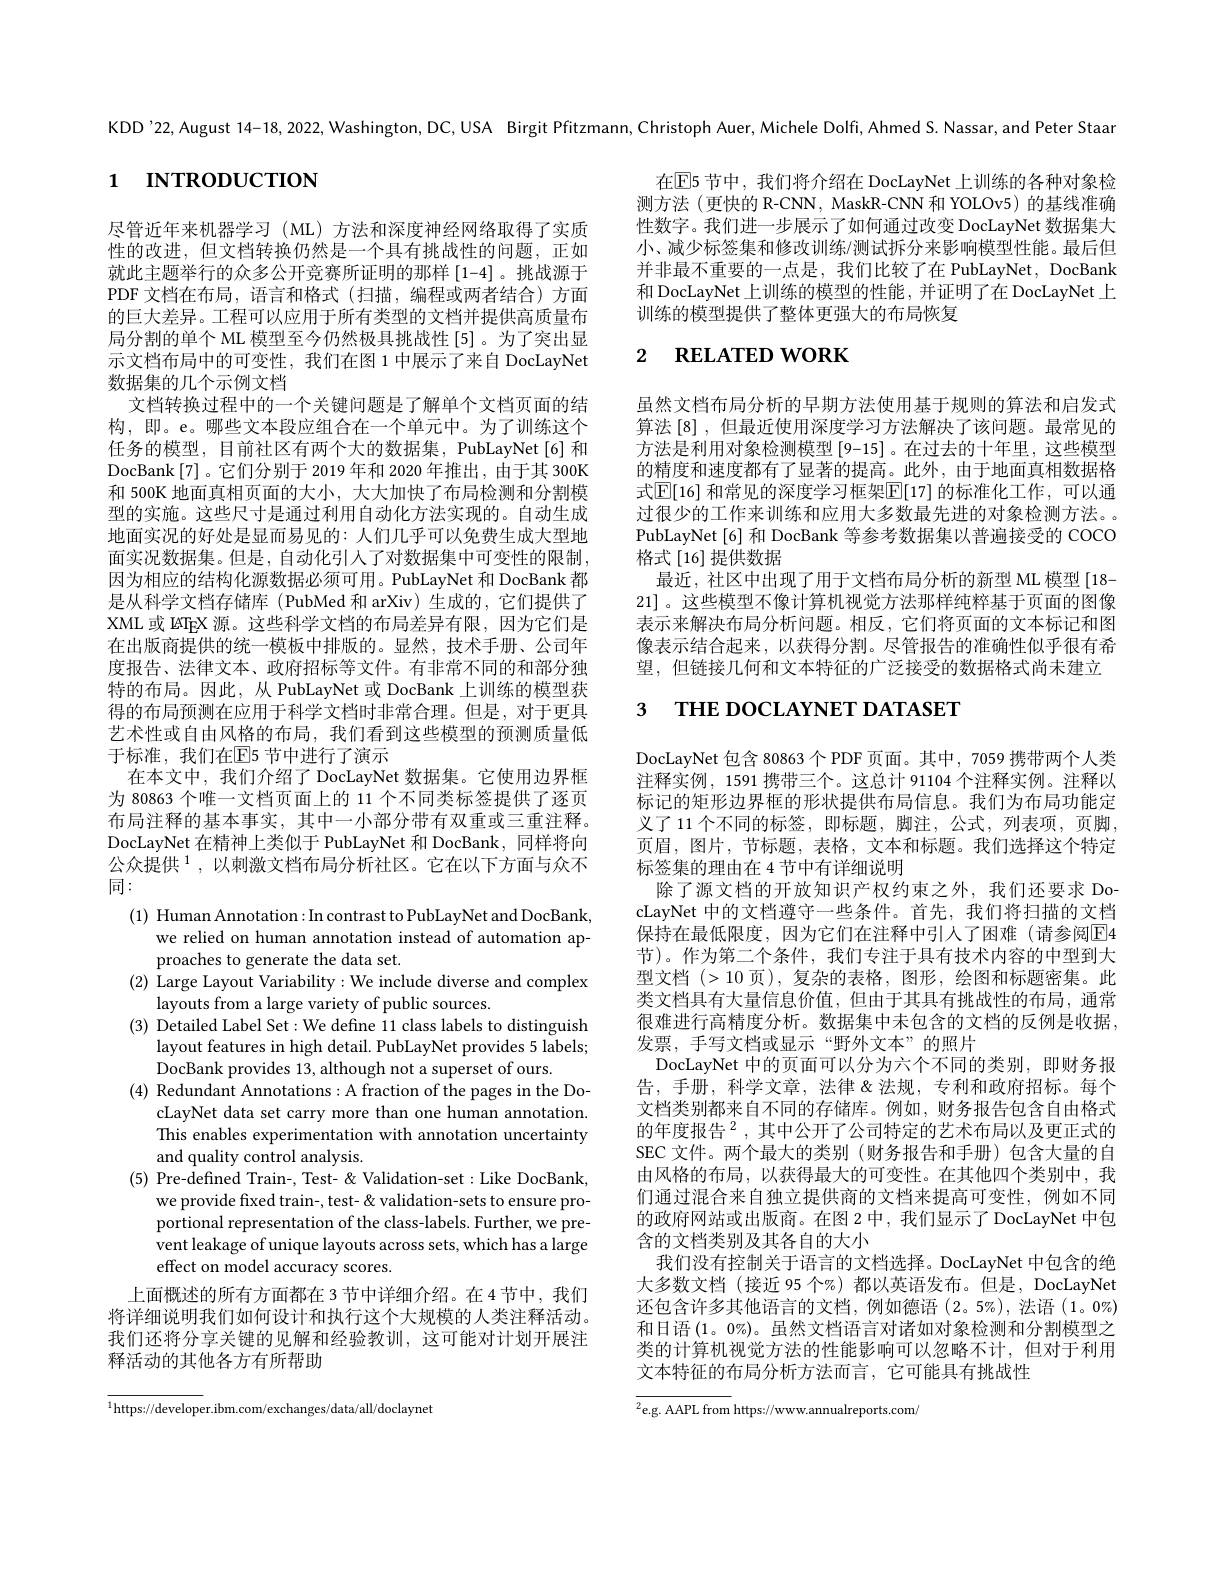
KDD'22, August 14-18, 2022, Washington, DC, USA Birgit Pfitzmann, Christoph Auer, Michele Dolfi, Ahmed S. Nassar, and Peter Staar

# 1 INTRODUCTION

在$\overline{\mathrm{E}}$5 节中，我们将介绍在 DocLayNet 上训练的各种对象检测方法 (更快的 R-CNN, MaskR-CNN 和 YOLOv5) 的基线准确性数字。我们进一步展示了如何通过改变 DocLayNet 数据集大小、减少标签集和修改训练/测试拆分来影响模型性能。最后但并非最不重要的一点是，我们比较了在 PubLayNet, DocBank 和 DocLayNet 上训练的模型的性能 ,并证明了在 DocLayNet 上训练的模型提供了整体更强大的布局恢复

# 2 RELATED WORK

虽然文档布局分析的早期方法使用基于规则的算法和启发式算法 [8] ,但最近使用深度学习方法解决了该问题。最常见的方法是利用对象检测模型 [9-15]。在过去的十年里，这些模型的精度和速度都有了显著的提高。此外，由于地面真相数据格式$\mathbb{E}[16]$ 和常见的深度学习框架$\mathbb{E}[17]$ 的标准化工作，可以通过很少的工作来训练和应用大多数最先进的对象检测方法。PubLayNet[6] 和 DocBank 等参考数据集以普遍接受的 COCO 格式[16]提供数据
最近，社区中出现了用于文档布局分析的新型 ML 模型 [18- 21] 。这些模型不像计算机视觉方法那样纯粹基于页面的图像表示来解决布局分析问题。相反，它们将页面的文本标记和图像表示结合起来，以获得分割。尽管报告的准确性似乎很有希望，但链接几何和文本特征的广泛接受的数据格式尚未建立

# 3 THE DOCLAYNET DATASET

尽管近年来机器学习(ML)方法和深度神经网络取得了实质性的改进，但文档转换仍然是一个具有挑战性的问题，正如就此主题举行的众多公开竞赛所证明的那样[1-4] 。挑战源于PDF 文档在布局，语言和格式(扫描，编程或两者结合)方面的巨大差异。工程可以应用于所有类型的文档并提供高质量布局分割的单个 ML 模型至今仍然极具挑战性[5]。为了突出显示文档布局中的可变性，我们在图 1 中展示了来自 DocLayNet 数据集的几个示例文档
文档转换过程中的一个关键问题是了解单个文档页面的结构，即。e。哪些文本段应组合在一个单元中。为了训练这个任务的模型，目前社区有两个大的数据集，PubLayNet[6]和DocBank[7]。它们分别于 2019 年和 2020 年推出，由于其 300K 和 500K 地面真相页面的大小，大大加快了布局检测和分割模型的实施。这些尺寸是通过利用自动化方法实现的。自动生成地面实况的好处是显而易见的：人们几乎可以免费生成大型地面实况数据集。但是，自动化引人了对数据集中可变性的限制， 因为相应的结构化源数据必须可用。PubLayNet 和 DocBank 都是从科学文档存储库 (PubMed 和 arXiv) 生成的，它们提供了XML 或 ISTEX 源。这些科学文档的布局差异有限，因为它们是在出版商提供的统一模板中排版的。显然，技术手册、公司年度报告、法律文本、政府招标等文件。有非常不同的和部分独特的布局。因此，从 PubLayNet 或 DocBank 上训练的模型获得的布局预测在应用于科学文档时非常合理。但是，对于更具艺术性或自由风格的布局，我们看到这些模型的预测质量低于标准，我们在$\mathbb{E}$5 节中进行了演示
在本文中，我们介绍了 DocLayNet 数据集。它使用边界框为 80863 个唯一文档页面上的 11 个不同类标签提供了逐页布局注释的基本事实，其中一小部分带有双重或三重注释。DocLayNet 在精神上类似于 PubLayNet 和 DocBank, 同样将向公众提供$^{1}$,以刺激文档布局分析社区。它在以下方面与众不同：
(1) Human Annotation: In contrast to PubLayNet and DocBank,
we relied on human annotation instead of automation ap-
proaches to generate the data set.
(2) Large Layout Variability:We include diverse and complex
layouts from a large variety of public sources.
(3) Detailed Label Set: We define 11 class labels to distinguish
layout features in high detail. PubLayNet provides 5 labels;
DocBank provides 13, although not a superset of ours.
(4) Redundant Annotations: A fraction of the pages in the Do-
cLayNet data set carry more than one human annotation. This enables experimentation with annotation uncertainty and quality control analysis.
(5) Pre-defined Train-, Test- & Validation-set: Like DocBank,
we provide fixed train-, test- &validation-sets to ensure proportional representation of the class-labels. Further, we prevent leakage of unique layouts across sets, which has a large effect on model accuracy scores.
上面概述的所有方面都在 3 节中详细介绍。在4 节中，我们将详细说明我们如何设计和执行这个大规模的人类注释活动。我们还将分享关键的见解和经验教训，这可能对计划开展注释活动的其他各方有所帮助

DocLayNet 包含 80863 个 PDF 页面。其中，7059 携带两个人类注释实例，1591 携带三个。这总计 91104 个注释实例。注释以标记的矩形边界框的形状提供布局信息。我们为布局功能定义了 11 个不同的标签，即标题，脚注，公式，列表项，页脚， 页眉，图片，节标题，表格，文本和标题。我们选择这个特定标签集的理由在 4 节中有详细说明
除了源文档的开放知识产权约束之外，我们还要求 DocLayNet 中的文档遵守一些条件。首先，我们将扫描的文档保持在最低限度，因为它们在注释中引人了困难(请参阅$\boxed{\mathrm{E}}4$ 节)。作为第二个条件，我们专注于具有技术内容的中型到大型文档(>10页),复杂的表格，图形，绘图和标题密集。此类文档具有大量信息价值，但由于其具有挑战性的布局，通常很难进行高精度分析。数据集中未包含的文档的反例是收据， 发票，手写文档或显示“野外文本”的照片
DocLayNet 中的页面可以分为六个不同的类别，即财务报告，手册，科学文章，法律 &法规，专利和政府招标。每个文档类别都来自不同的存储库。例如，财务报告包含自由格式的年度报告$^2$,其中公开了公司特定的艺术布局以及更正式的SEC 文件。两个最大的类别 (财务报告和手册)包含大量的自由风格的布局，以获得最大的可变性。在其他四个类别中，我们通过混合来自独立提供商的文档来提高可变性，例如不同的政府网站或出版商。在图 2中，我们显示了 DocLayNet 中包含的文档类别及其各自的大小
我们没有控制关于语言的文档选择。DocLayNet 中包含的绝大多数文档(接近 95 个%)都以英语发布。但是，DocLayNet 还包含许多其他语言的文档，例如德语(2。5%),法语(1。0%) 和日语$(1。0\%)$。虽然文档语言对诸如对象检测和分割模型之类的计算机视觉方法的性能影响可以忽略不计，但对于利用文本特征的布局分析方法而言，它可能具有挑战性

$^{1}$https://developer.ibm.com/exchanges/data/all/doclaynet

${\overline{{^2}\mathrm{e.g.~AAPL~from~}}}$https://www.annualreports.com/